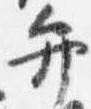
弁